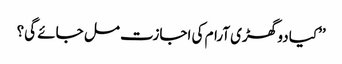
’’کیا دو گھڑی آرام کی اجازت مل جائے گی؟